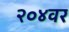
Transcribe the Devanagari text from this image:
२०४वर